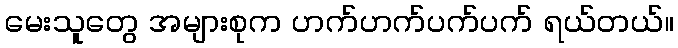
မေးသူတွေ အများစုက ဟက်ဟက်ပက်ပက် ရယ်တယ်။